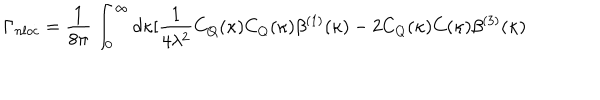
LaTeX: \Gamma _ { n l o c } = \frac { 1 } { 8 \pi } \int _ { 0 } ^ { \infty } d \kappa [ \frac { 1 } { 4 \lambda ^ { 2 } } C _ { Q } ( \kappa ) C _ { Q } ( \kappa ) \beta ^ { ( 1 ) } ( \kappa ) - 2 C _ { Q } ( \kappa ) C ( \kappa ) \beta ^ { ( 3 ) } ( \kappa )